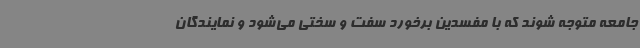
جامعه متوجه شوند که با مفسدین برخورد سفت و سختی می‌شود و نمایندگان